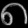
Digit: ၈